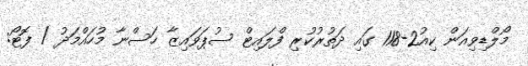
މޯލްޑިވިއަން ކިއު2-118 ގައި ދަތުރުކުރި ފްލައިޓް ސުޕަވައިޒާ ހަސްނާ މުހައްމަދު / ފޮޓޯ: